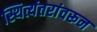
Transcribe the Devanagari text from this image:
स्थित्यंतरांवरून